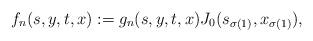
LaTeX: \begin{align*} f_n(s, y, t, x):=g_n(s, y, t, x)J_0(s_{\sigma(1)}, x_{\sigma(1)}),\end{align*}